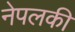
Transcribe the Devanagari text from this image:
नेपलकी